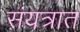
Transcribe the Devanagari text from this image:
संयत्रात